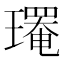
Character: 𤪄